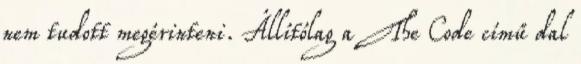
nem tudott megérinteni. Állítólag a The Code című dal